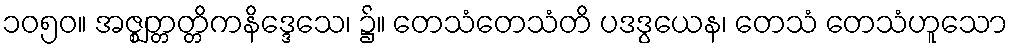
၁၀၅၀။ အဇ္ဈတ္တတ္တိကနိဒ္ဒေသေ၊ ၌။ တေသံတေသံတိ ပဒဒွယေန၊ တေသံ တေသံဟူသော